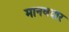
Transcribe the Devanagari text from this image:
मानवदार